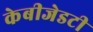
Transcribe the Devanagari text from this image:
केबीजेडटी